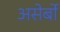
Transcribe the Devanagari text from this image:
असेर्बो